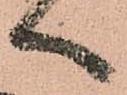
へ